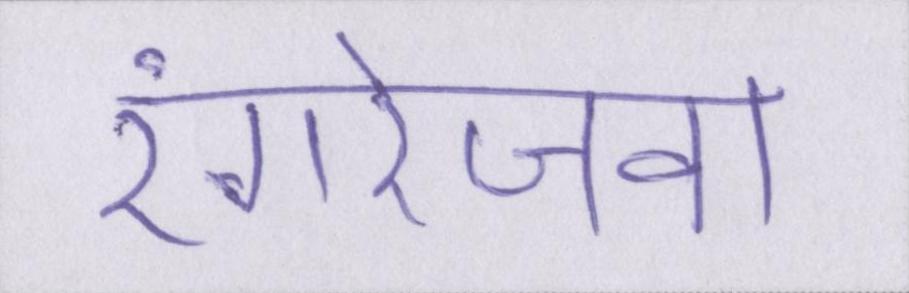
रंगरेजवा